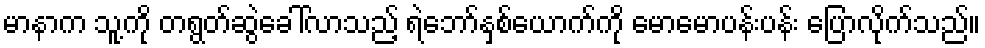
မာနာက သူ့ကို တရွတ်ဆွဲခေါ်လာသည့် ရဲဘော်နှစ်ယောက်ကို မောမောပန်းပန်း ပြောလိုက်သည်။